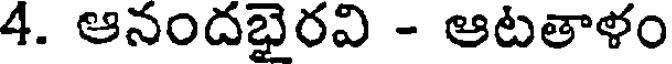
4. ఆనందభైరవి - ఆటతాళం